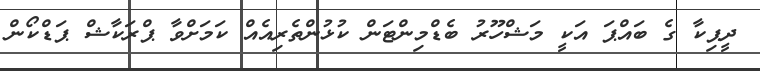
ދީޕިކާ ގެ ބައްޕަ އަކީ މަޝްހޫރު ބެޑްމިންޓަން ކުޅުންތެރިއެއް ކަމަށްވާ ޕްރަކާޝް ޕަޑްކޯން